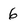
Character: 6